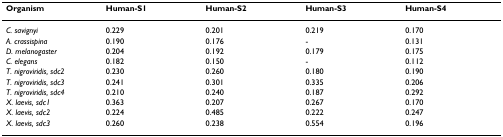
<table><thead><tr><td><b>Organism</b></td><td><b>Human-S1</b></td><td><b>Human-S2</b></td><td><b>Human-S3</b></td><td><b>Human-S4</b></td></tr></thead><tbody><tr><td><i>C. savignyi</i></td><td>0.229</td><td>0.201</td><td>0.219</td><td>0.170</td></tr><tr><td><i>A. crassispina</i></td><td>0.190</td><td>0.176</td><td>-</td><td>0.131</td></tr><tr><td><i>D. melanogaster</i></td><td>0.204</td><td>0.192</td><td>0.179</td><td>0.175</td></tr><tr><td><i>C. elegans</i></td><td>0.182</td><td>0.150</td><td>-</td><td>0.112</td></tr><tr><td><i>T. nigroviridis, sdc2</i></td><td>0.230</td><td>0.260</td><td>0.180</td><td>0.190</td></tr><tr><td><i>T. nigroviridis, sdc3</i></td><td>0.241</td><td>0.301</td><td>0.335</td><td>0.206</td></tr><tr><td><i>T. nigroviridis, sdc4</i></td><td>0.210</td><td>0.240</td><td>0.187</td><td>0.292</td></tr><tr><td><i>X. laevis, sdc1</i></td><td>0.363</td><td>0.207</td><td>0.267</td><td>0.170</td></tr><tr><td><i>X. laevis, sdc2</i></td><td>0.224</td><td>0.485</td><td>0.222</td><td>0.247</td></tr><tr><td><i>X. laevis, sdc3</i></td><td>0.260</td><td>0.238</td><td>0.554</td><td>0.196</td></tr></tbody></table>